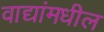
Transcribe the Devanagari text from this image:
वाद्यांमधील